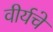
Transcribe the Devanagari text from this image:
वीर्यचे